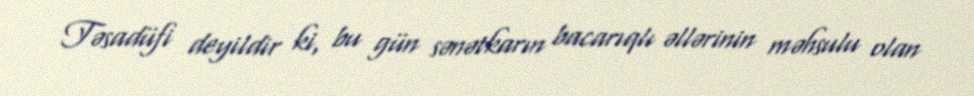
Təsadüfi deyildir ki, bu gün sənətkarın bacarıqlı əllərinin məhsulu olan